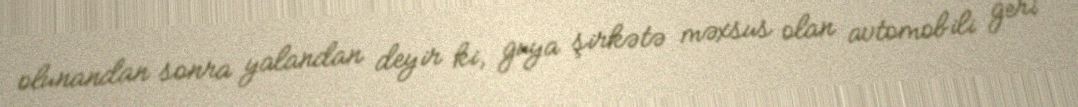
olunandan sonra yalandan deyir ki, guya şirkətə məxsus olan avtomobili geri